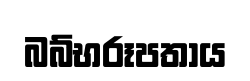
බබ්භරූපතාය